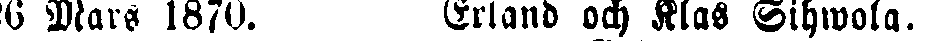
26 Mars 1870. Erland och Klas Sihwola.